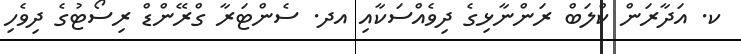
ކ. އަދާރަން ކްލަބް ރަންނާޅިގެ ދިވެއްސަކާއި އދ. ސެންޓަރާ ގްރޭންޑް ރިސޯޓުގެ ދިވެހި